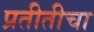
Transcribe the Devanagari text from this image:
प्रतीतीचा